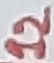
Text: 12